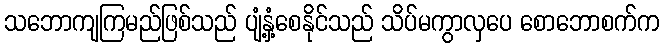
သဘောကျကြမည်ဖြစ်သည် ပျံ့နှံ့စေနိုင်သည် သိပ်မကွာလှပေ စောဘောစက်က